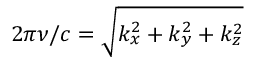
2 \pi \nu / c = \sqrt { k _ { x } ^ { 2 } + k _ { y } ^ { 2 } + k _ { z } ^ { 2 } }